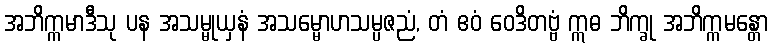
အဘိက္ကမာဒီသု ပန အသမ္မုယှနံ အသမ္မောဟသမ္ပဇညံ, တံ ဧဝံ ဝေဒိတဗ္ဗံ ဣဓ ဘိက္ခု အဘိက္ကမန္တော